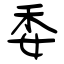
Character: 委